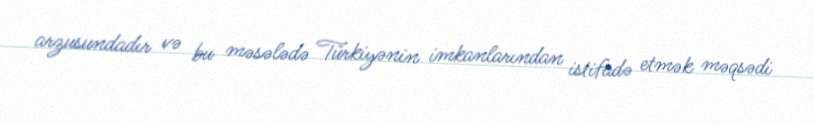
arzusundadır və bu məsələdə Türkiyənin imkanlarından istifadə etmək məqsədi